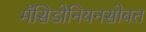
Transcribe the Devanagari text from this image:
मॅसिडोनियनसोबत